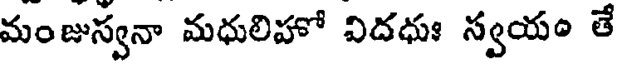
మంజుస్వనా మధులిహో విదధుః స్వయం తే